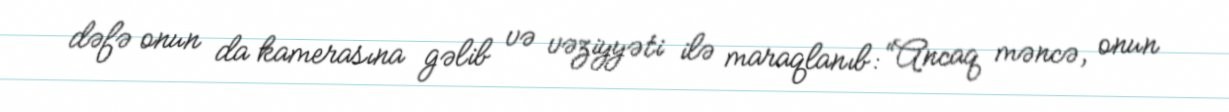
dəfə onun da kamerasına gəlib və vəziyyəti ilə maraqlanıb: “Ancaq məncə, onun